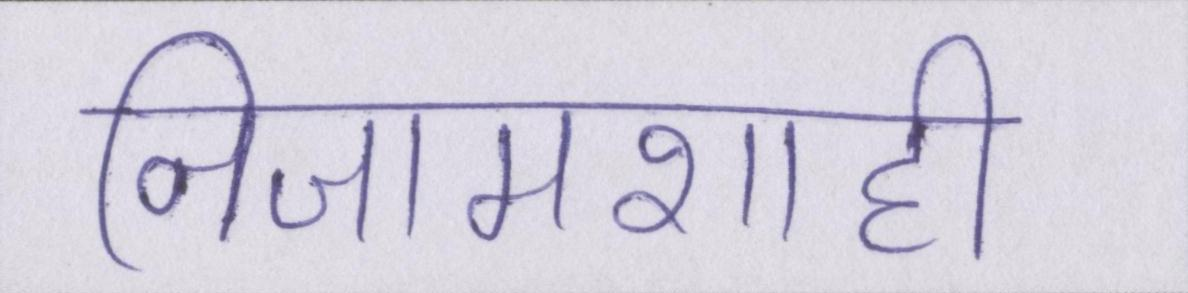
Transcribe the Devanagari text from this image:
निजामशाही